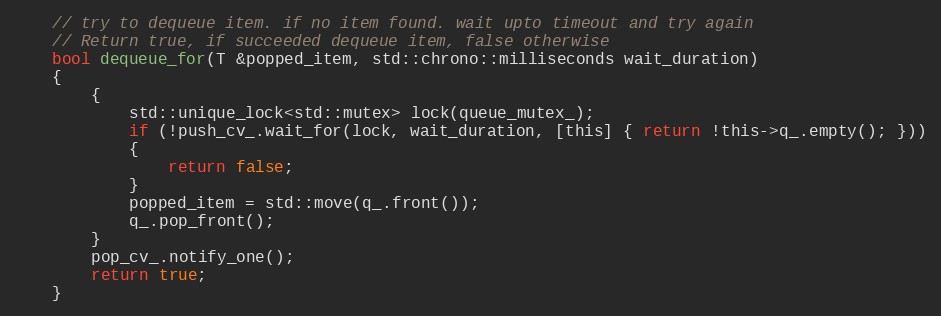
Language: C
    // try to dequeue item. if no item found. wait upto timeout and try again
    // Return true, if succeeded dequeue item, false otherwise
    bool dequeue_for(T &popped_item, std::chrono::milliseconds wait_duration)
    {
        {
            std::unique_lock<std::mutex> lock(queue_mutex_);
            if (!push_cv_.wait_for(lock, wait_duration, [this] { return !this->q_.empty(); }))
            {
                return false;
            }
            popped_item = std::move(q_.front());
            q_.pop_front();
        }
        pop_cv_.notify_one();
        return true;
    }